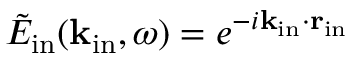
\tilde { E } _ { \mathrm { i n } } ( { \bf k } _ { \mathrm { i n } } , \omega ) = e ^ { - i { \bf k _ { \mathrm { i n } } } \cdot { \bf r _ { \mathrm { i n } } } }